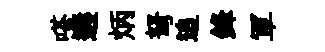
嗒遘炳弩追鋒軍